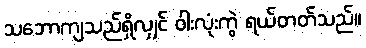
သဘောကျသည်ရှိလျှင် ဝါးလုံးကွဲ ရယ်တတ်သည်။